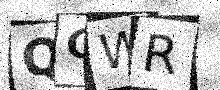
Text: QOWR